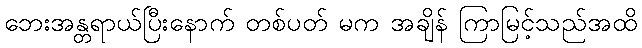
ဘေးအန္တရာယ်ပြီးနောက် တစ်ပတ် မက အချိန် ကြာမြင့်သည်အထိ